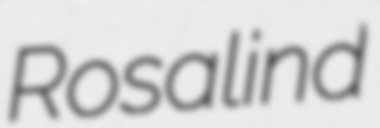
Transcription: Rosalind